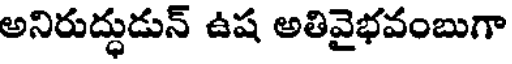
అనిరుద్ధుడున్ ఉష అతివైభవంబుగా